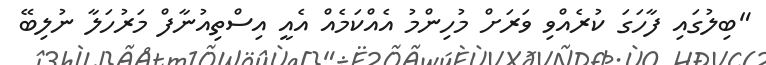
"ބިލުގައި ފާހަގަ ކުރެއްވި ވަރަށް މުހިންމު އެއްކަމެއް އެއީ އިސްތިއުނާފް މަރުހަލާ ނުލިބޭ